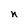
Character: n